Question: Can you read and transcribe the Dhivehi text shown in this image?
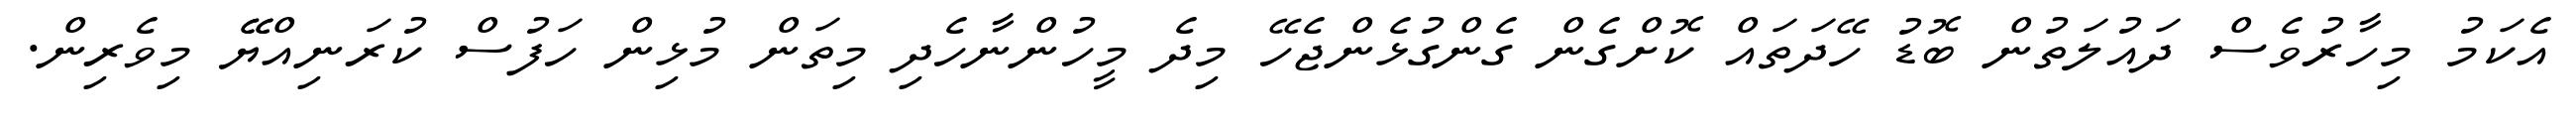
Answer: އެކަމު މިހާރުވެސް ދައުލަތުން ބޮޑު ހޭދަތައް ކޮށްގެން ގެންގުޅެންޖެހޭ މިދެ މީހުންނާހެދި މިތަން މުޅިން ހަފުސް ކުރަނިއްޔޭޭ މިވެރިން.